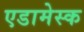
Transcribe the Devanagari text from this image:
एडामेस्क